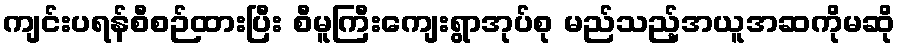
ကျင်းပရန်စီစဉ်ထားပြီး စီမူကြီးကျေးရွာအုပ်စု မည်သည့်အယူအဆကိုမဆို